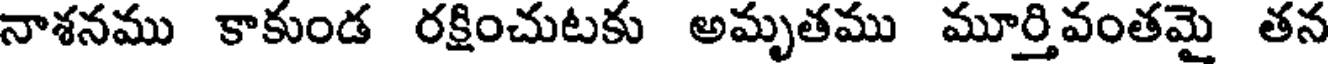
నాశనము కాకుండ రక్షించుటకు అమృతము మూర్తివంతమై తన